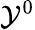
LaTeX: \mathcal{Y}^{0}